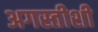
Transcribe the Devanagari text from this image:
अगस्तीशी